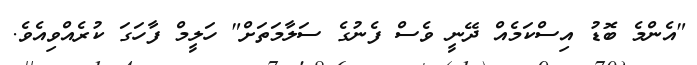
"އެންމެ ބޮޑު އިސްކަމެއް ދޭނީ ވެސް ފެނުގެ ސަލާމަތަށް" ހަލީމް ފާހަގަ ކުރެއްވިއެވެ.